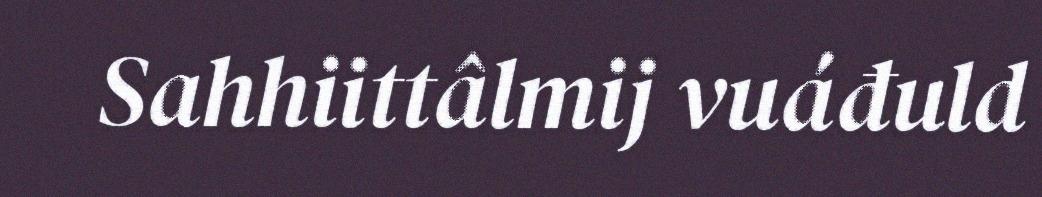
Sahhiittâlmij vuáđuld